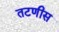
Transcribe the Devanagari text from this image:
तटणीस